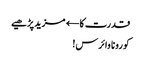
قدرت کا← مزید پڑھیے
کورونا وائرس!